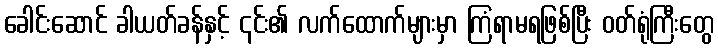
ခေါင်းဆောင် ခါယတ်ခန်နှင့် ၎င်း၏ လက်ထောက်များမှာ ကြံရာမရဖြစ်ပြီး ဝတ်ရုံကြီးတွေ